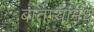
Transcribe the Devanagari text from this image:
बातम्यांमधे